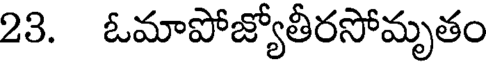
23. ఓమాపోజ్యోతీరసోమృతం